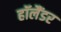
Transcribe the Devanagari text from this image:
हॉलैंडर